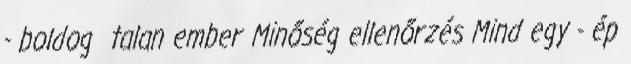
- boldog talan ember Minőség ellenőrzés Mind egy - ép